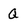
Character: Q